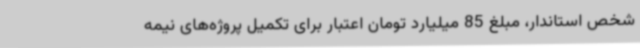
شخص استاندار، مبلغ 85 میلیارد تومان اعتبار برای تکمیل پروژه‌های نیمه